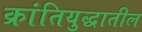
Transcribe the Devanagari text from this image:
क्रांतियुद्धातील